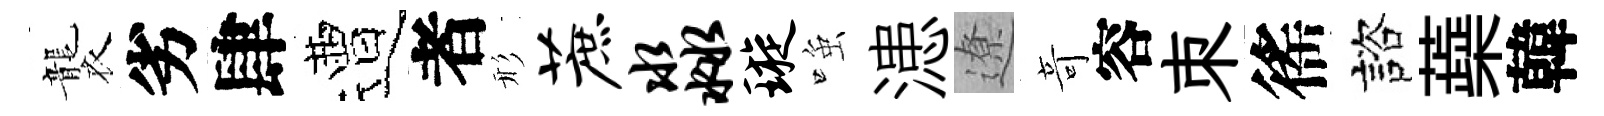
襲劣肆遭者形蔗淼璇𫪻漶遼竒容朿徭諮蘃韓